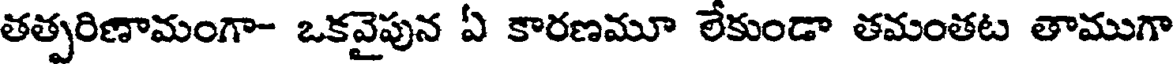
తత్పరిణామంగా- ఒకవైపున ఏ కారణమూ లేకుండా తమంతట తాముగా